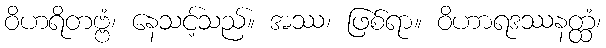
ဝိဟရိတဗ္ဗံ၊ နေသင့်သည်။ အဿ၊ ဖြစ်ရာ။ ဝိဟာရဒဿနတ္ထံ၊